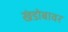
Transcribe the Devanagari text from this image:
खंडोबावर